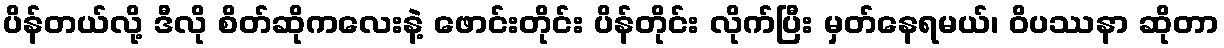
ပိန်တယ်လို့ ဒီလို စိတ်ဆိုကလေးနဲ့ ဖောင်းတိုင်း ပိန်တိုင်း လိုက်ပြီး မှတ်နေရမယ်၊ ဝိပဿနာ ဆိုတာ